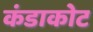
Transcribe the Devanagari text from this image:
कंडाकोट